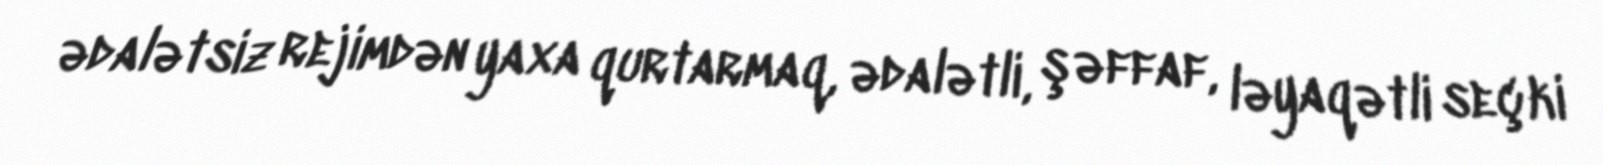
ədalətsiz rejimdən yaxa qurtarmaq, ədalətli, şəffaf, ləyaqətli seçki